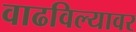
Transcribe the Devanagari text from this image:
वाढविल्यावर